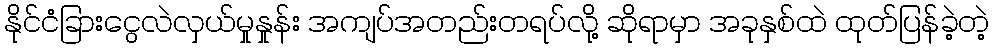
နိုင်ငံခြားငွေလဲလှယ်မှုနှုန်း အကျပ်အတည်းတရပ်လို့ ဆိုရာမှာ အခုနှစ်ထဲ ထုတ်ပြန်ခဲ့တဲ့